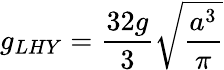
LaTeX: g_{LHY}=\frac{32g}{3}\sqrt{\frac{a^{3}}{\pi}}